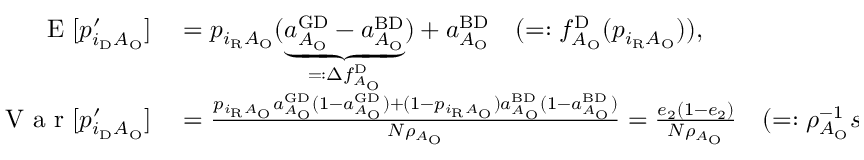
\begin{array} { r l } { \textrm { E } [ p _ { i _ { \mathrm { D } } A _ { \mathrm { O } } } ^ { \prime } ] } & { { } = p _ { i _ { \mathrm { R } } A _ { \mathrm { O } } } ( \underbrace { a _ { A _ { \mathrm { O } } } ^ { \mathrm { G D } } - a _ { A _ { \mathrm { O } } } ^ { \mathrm { B D } } } _ { = : \Delta f _ { A _ { \mathrm { O } } } ^ { \mathrm { D } } } ) + a _ { A _ { \mathrm { O } } } ^ { \mathrm { B D } } \quad ( = : f _ { A _ { \mathrm { O } } } ^ { \mathrm { D } } ( p _ { i _ { \mathrm { R } } A _ { \mathrm { O } } } ) ) , } \\ { \textrm { V a r } [ p _ { i _ { \mathrm { D } } A _ { \mathrm { O } } } ^ { \prime } ] } & { { } = \frac { p _ { i _ { \mathrm { R } } A _ { \mathrm { O } } } a _ { A _ { \mathrm { O } } } ^ { \mathrm { G D } } ( 1 - a _ { A _ { \mathrm { O } } } ^ { \mathrm { G D } } ) + ( 1 - p _ { i _ { \mathrm { R } } A _ { \mathrm { O } } } ) a _ { A _ { \mathrm { O } } } ^ { \mathrm { B D } } ( 1 - a _ { A _ { \mathrm { O } } } ^ { \mathrm { B D } } ) } { N \rho _ { A _ { \mathrm { O } } } } = \frac { e _ { 2 } ( 1 - e _ { 2 } ) } { N \rho _ { A _ { \mathrm { O } } } } \quad ( = : \rho _ { A _ { \mathrm { O } } } ^ { - 1 } s ^ { 2 } ) . } \end{array}